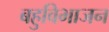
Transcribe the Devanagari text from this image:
बहुविभाजन